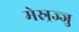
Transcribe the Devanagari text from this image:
मेस्र्रज्जु